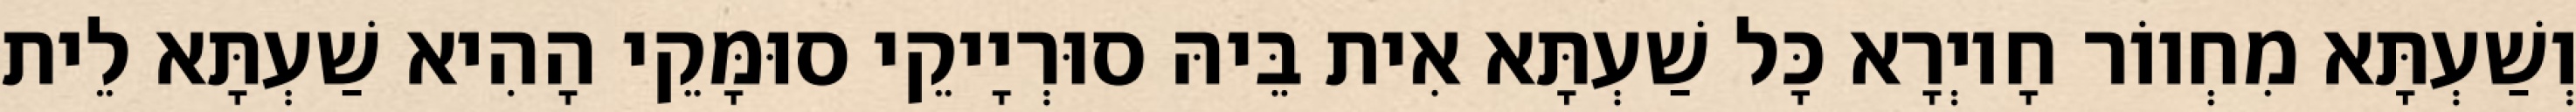
וְשַׁעְתָּא מִחְווֹר חָיוְרָא כָּל שַׁעְתָּא אִית בֵּיהּ סוּרְיָיקֵי סוּמָּקֵי הָהִיא שַׁעְתָּא לֵית